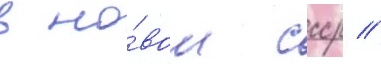
в но́вом ссср //